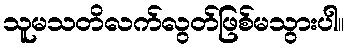
သူမသတိလက်လွတ်ဖြစ်မသွားပါ။